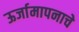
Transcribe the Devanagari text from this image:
ऊर्जामापनाचे